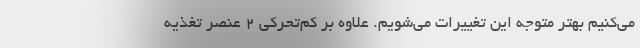
می‌کنیم بهتر متوجه این تغییرات می‌شویم. علاوه بر کم‌تحرکی ۲ عنصر تغذیه